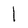
Character: l